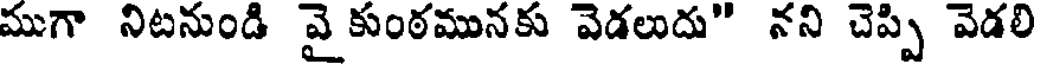
ముగా నిటనుండి వై కుంఠమునకు వెడలుదు" నని చెప్పి వెడలి